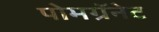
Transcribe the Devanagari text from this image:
पोमग्रॅनेट